38_143685_box_Incident_Summaries_173-233
Agency: Department of War
Page 117
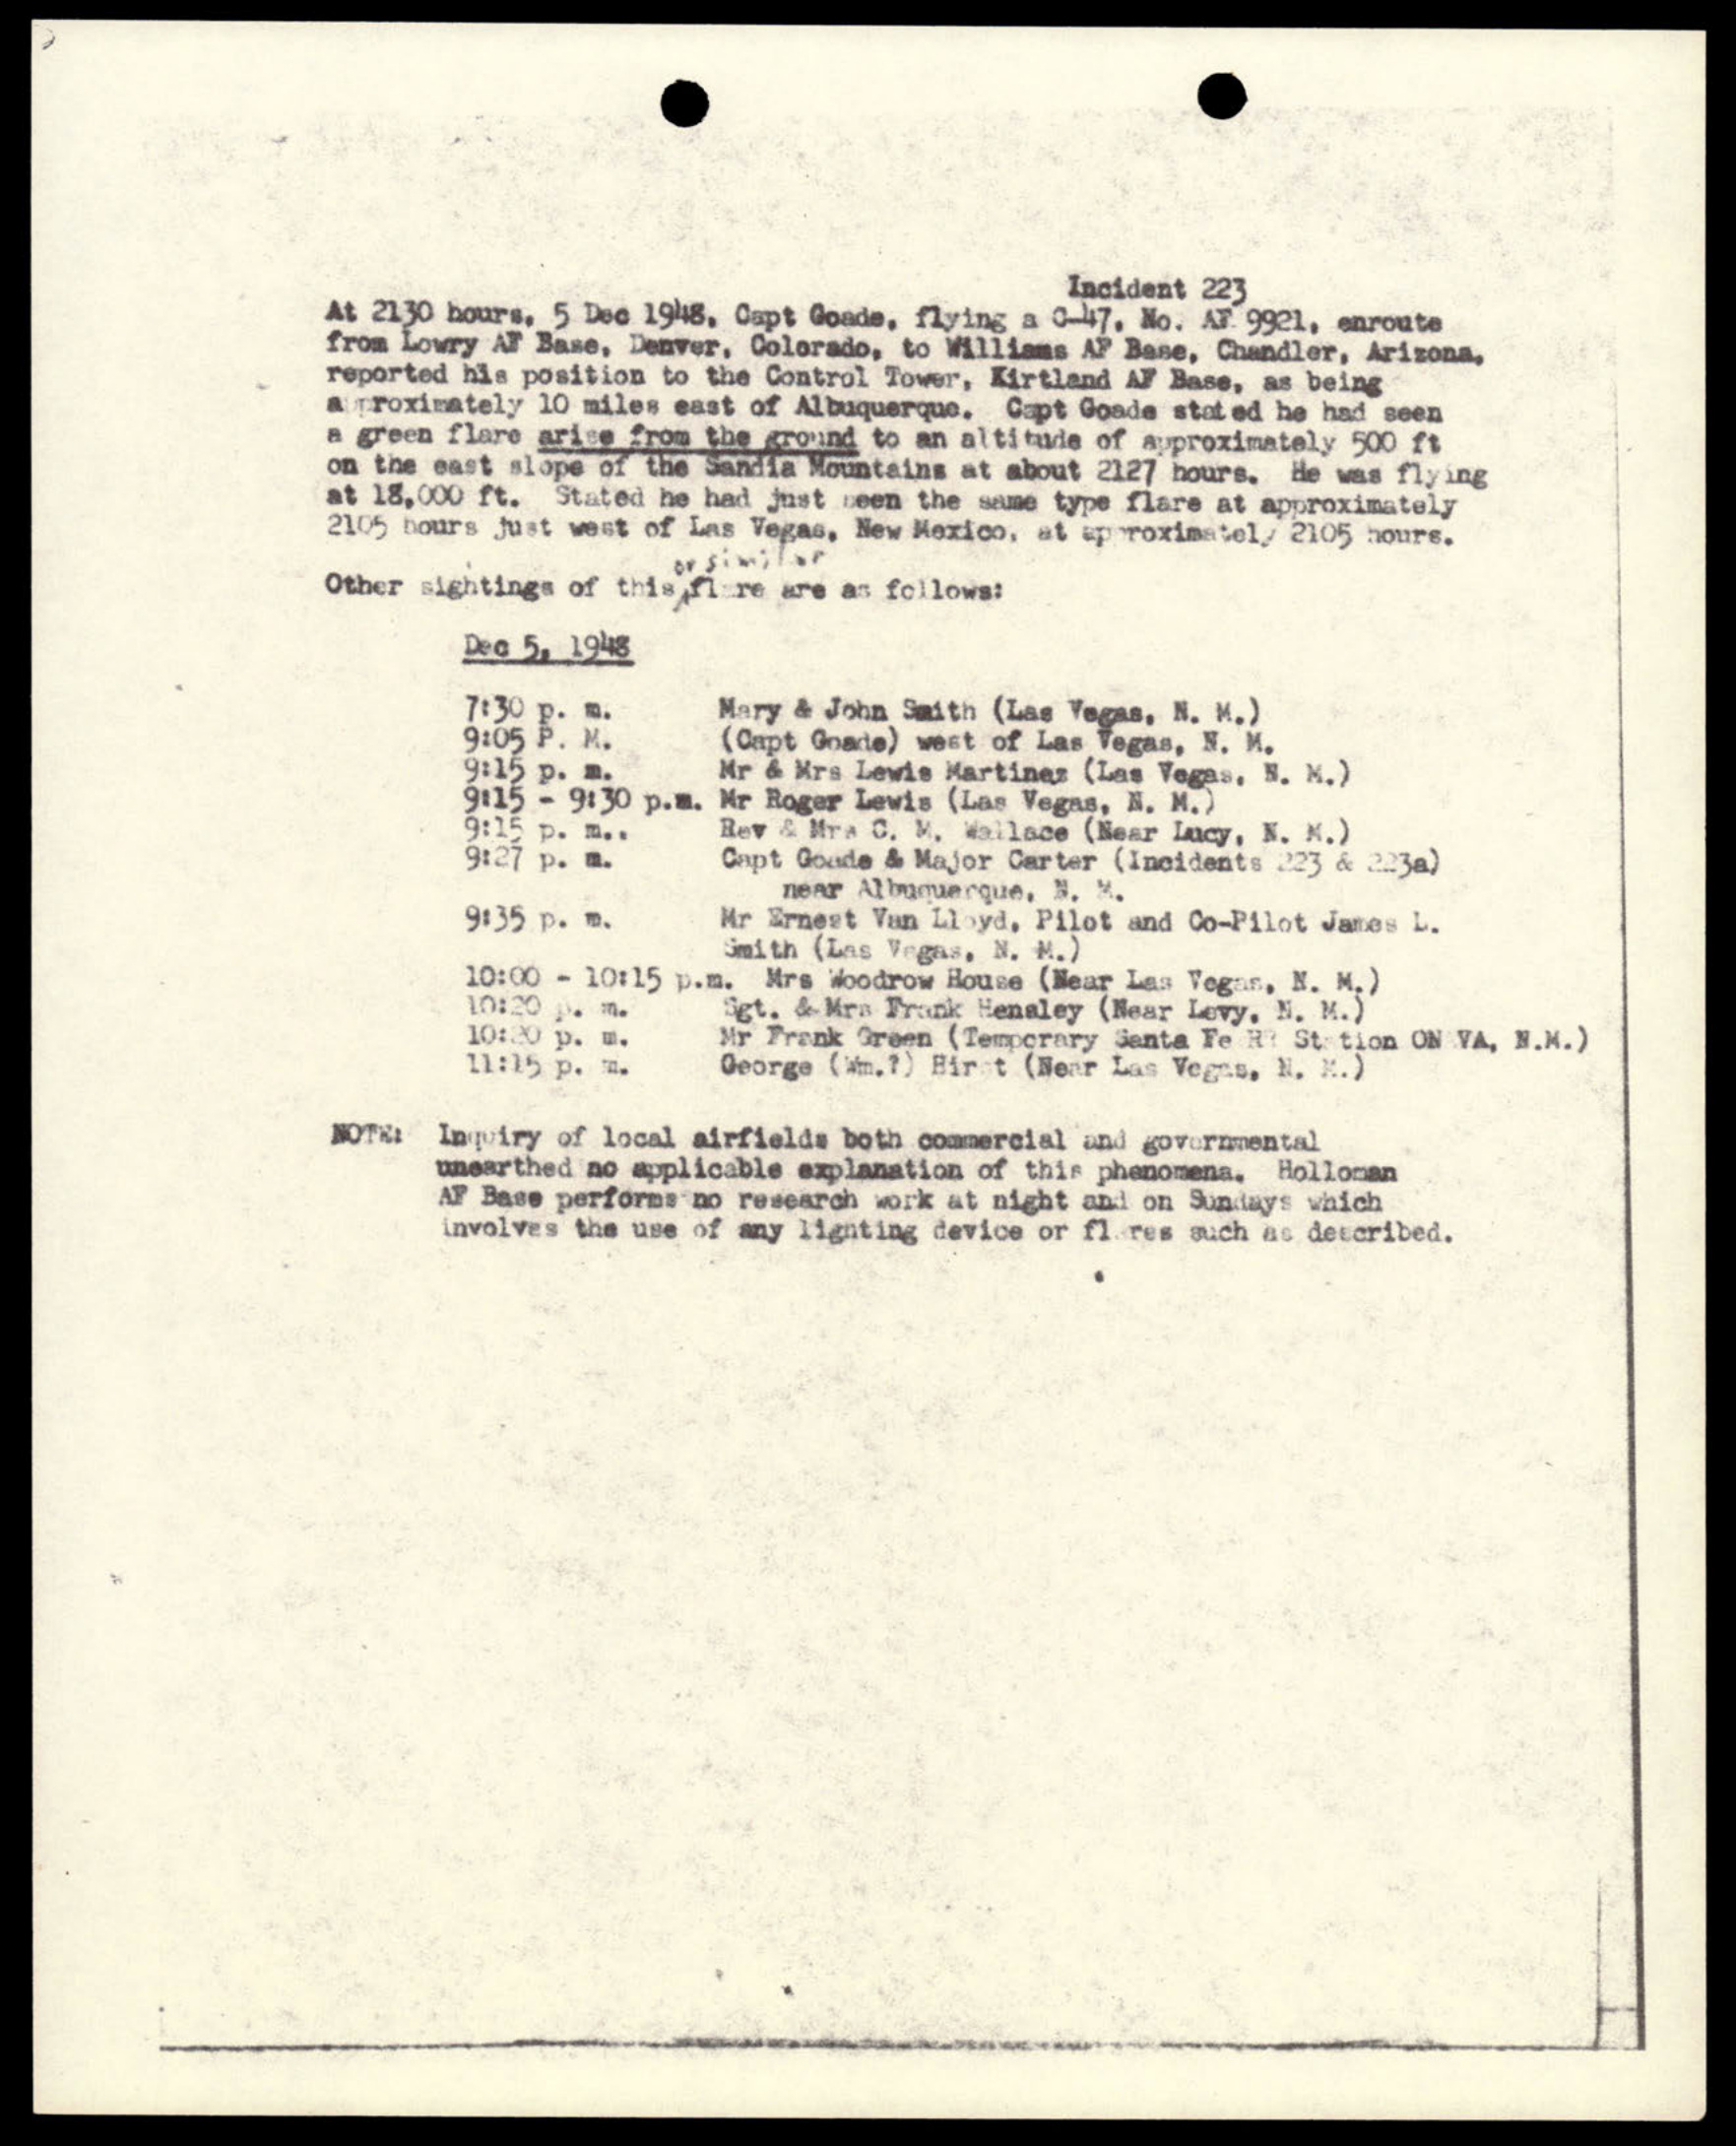